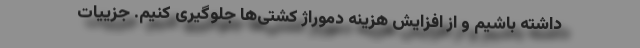
داشته باشیم و از افزایش هزینه دموراژ کشتی‌ها جلوگیری کنیم. جزییات